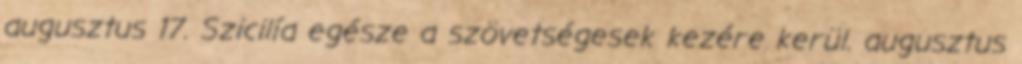
augusztus 17. Szicilía egésze a szövetségesek kezére kerül. augusztus